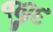
જીદ